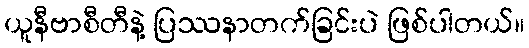
ယူနီဗာစီတီနဲ့ ပြဿနာတက်ခြင်းပဲ ဖြစ်ပါတယ်။